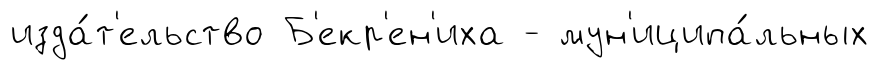
изда́т'ельство Б'екр'ен'иха - мун'иципа́льных